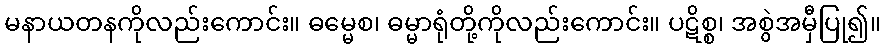
မနာယတနကိုလည်းကောင်း။ ဓမ္မေစ၊ ဓမ္မာရုံတို့ကိုလည်းကောင်း။ ပဋိစ္စ၊ အစွဲအမှီပြု၍။